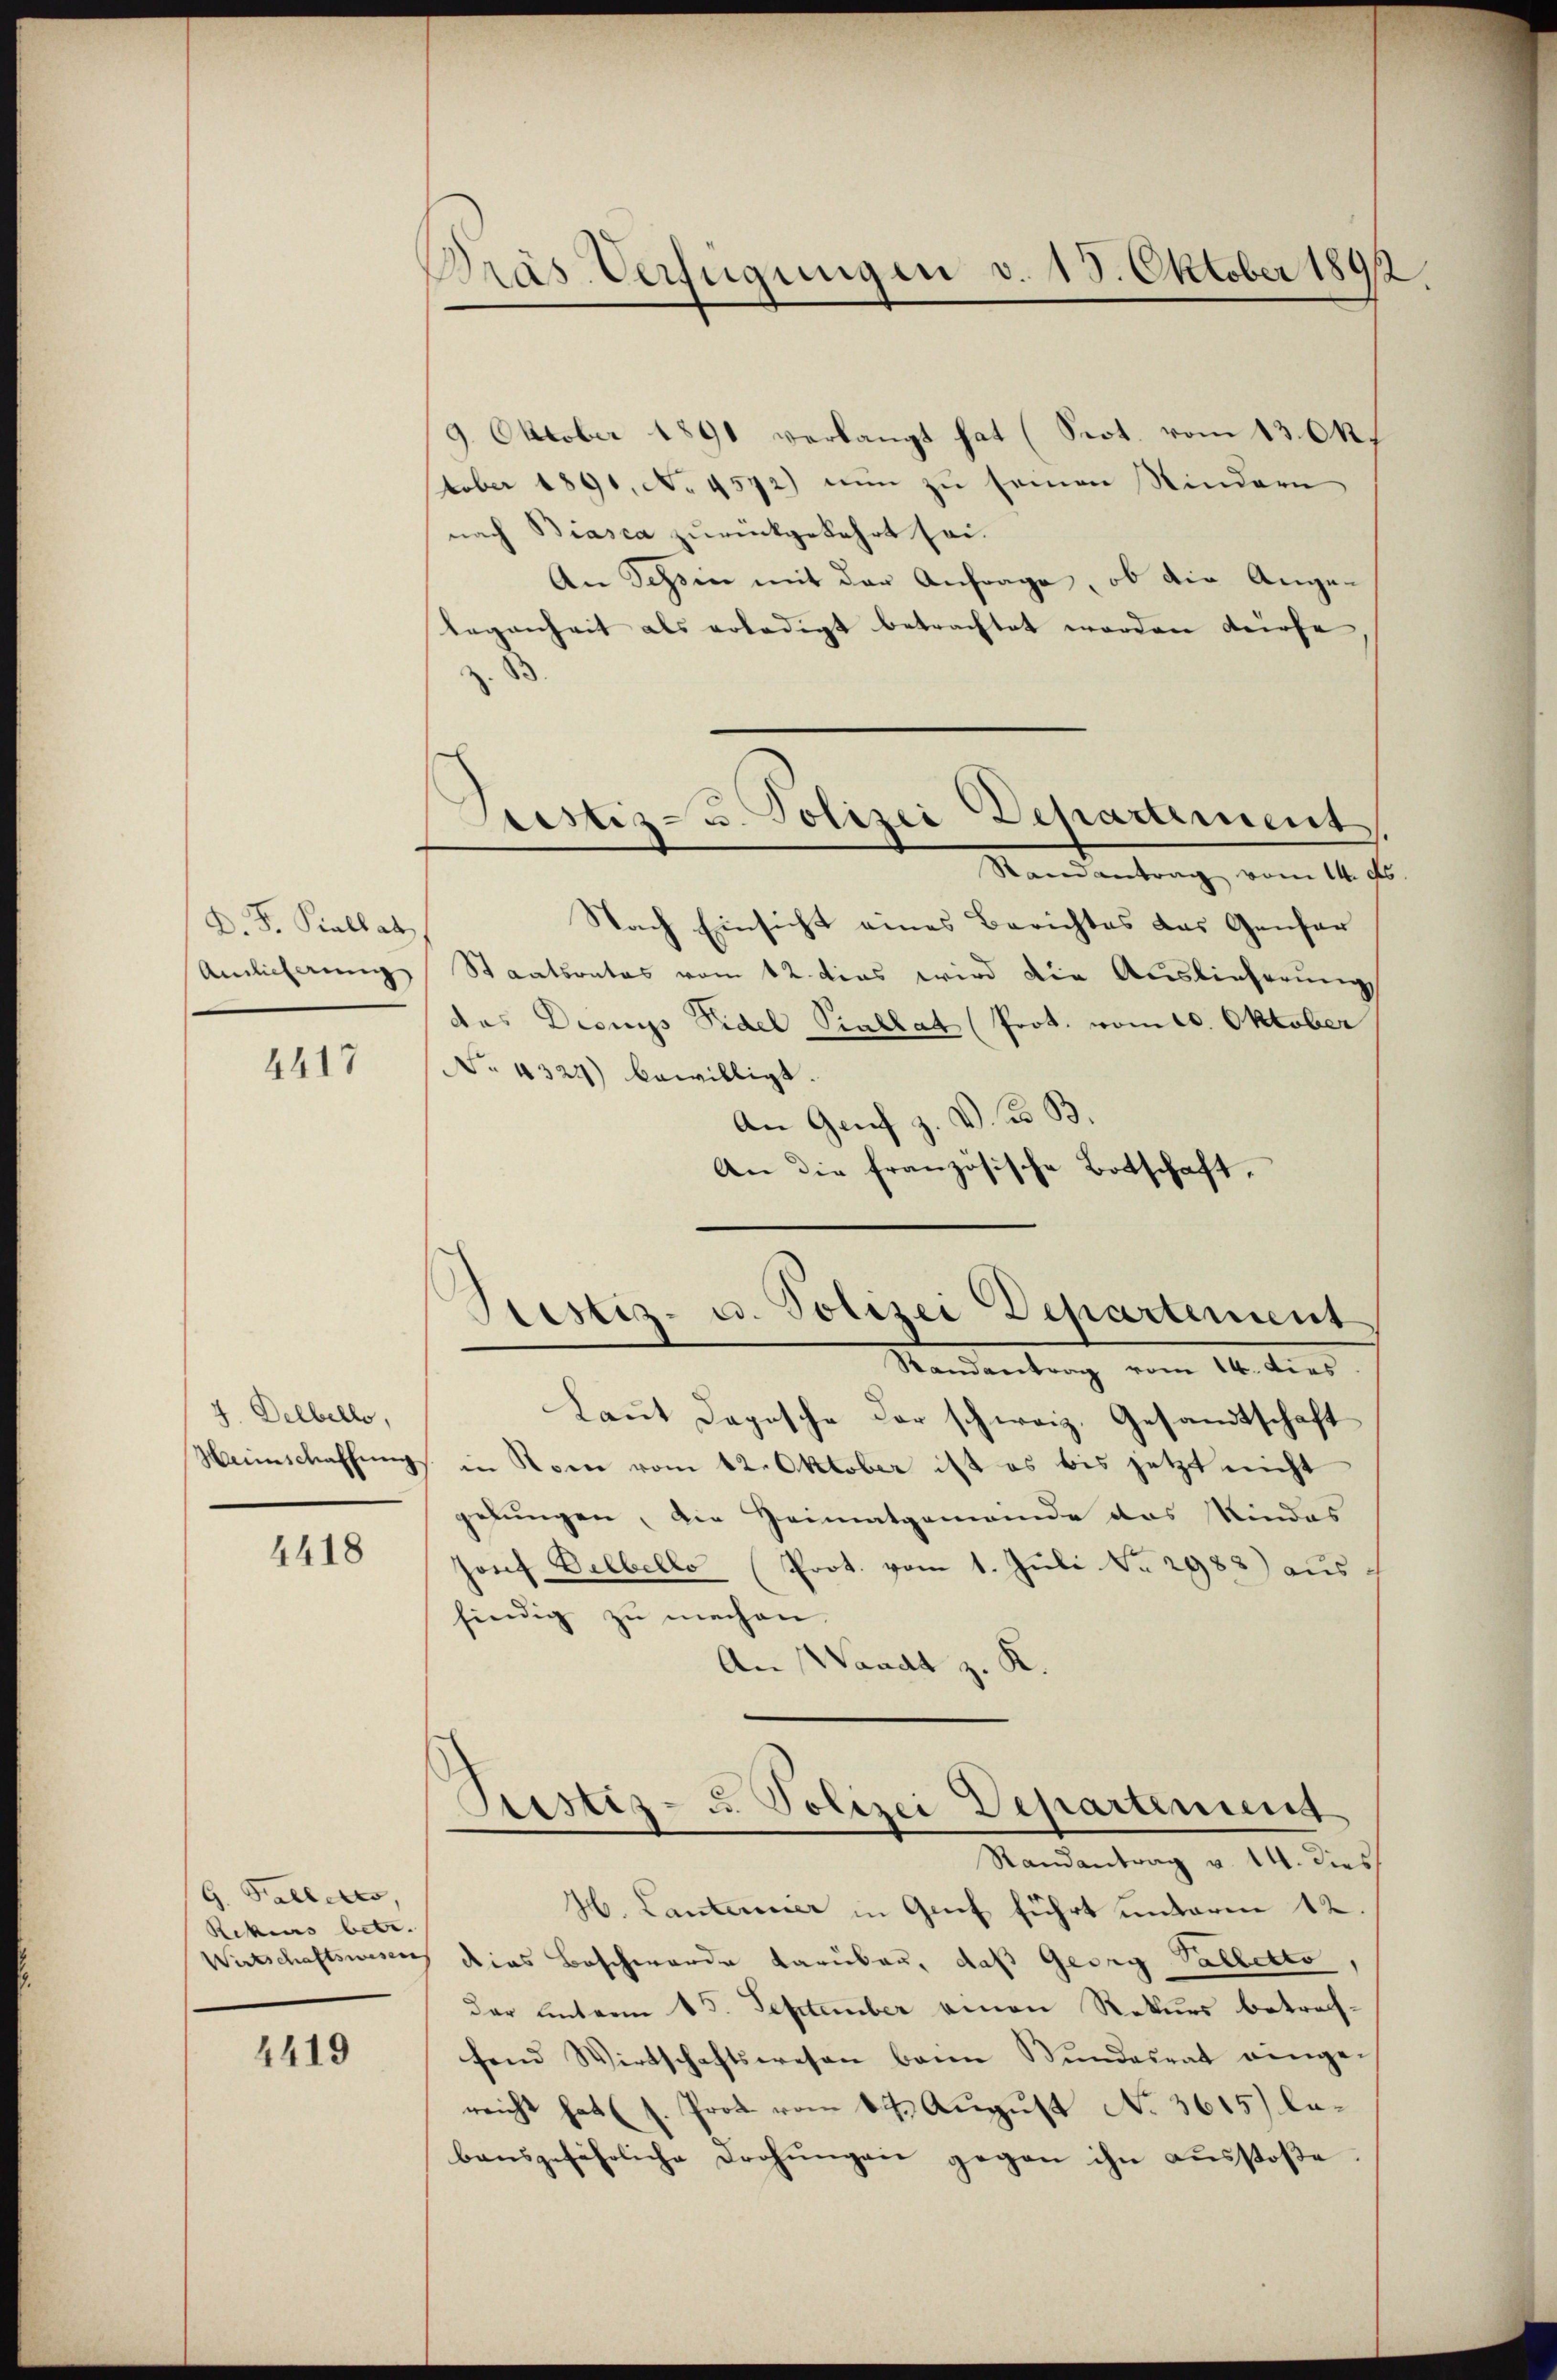
D. F. Piallat
Amlicherung

4417

7. Delbello,

4418

G. Fallerts,
Rekius betr.

4419

Pras Verfügungen v. 15. Oktober 1892

tistiz- u. Polizei Departement.

9. Oktober 1891 verlangt hat (Prot. vom 130.
stober 1891, No 4572) nun zu seinen Kindern
nach Biasca zurückgekehrt sei.
An Sechsen mit der Anfrage, ob die Ange¬
Legenheit als erledigt betrachtet worden dürfe,
Randantrag vom 14. ds.
Nach Einsicht eines Berichtes das Genfer
Staatsrates vom 12. dies wird die Auslieferung
das Dionys Fidel Piallat (Prot. vom 10. Oktober
No 4324) bewilligt.
An Genf z. V. B.
An die französische Botschaft,

Prestiz- u. Polizei Departement

Standentrag vom 14. dies
Laut Daposche der schweiz. Gesandtschaft
Weinschaffung in Rom vom 12. Oktober ist es bis jetzt nicht
gelungen, die Heimatgemeinde das Kindes
Josef Dalbello (Prot. vom 1. Juli No 2988) aus-
findig zu machen.
An Waadt z. K.
Justiz- u. Polizei Departement
Randantrag v. 14. dies
H. Lanterrier in Genf führt unterm 12.
Wirtschaftswesen dies Beschwerde darüber, daß Georg Palletto,
der unterm 15. September einen Rekurs betrachfend Wirtschaftswesen beim Mundesrat einge-
reicht hat (s. Prot vom 14. August No. 3615.) lebausgefährliche Drohungen gegen ihn ausstoße